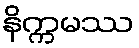
နိက္ကမဿ